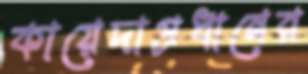
কায়েদাপ্রধানের